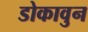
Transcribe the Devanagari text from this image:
डोकावुन